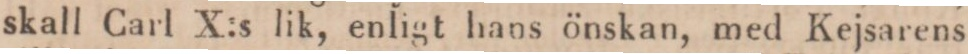
skall Carl X:s lik, enligt hans önskan, med Kejsarens